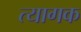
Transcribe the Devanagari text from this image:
त्यागक